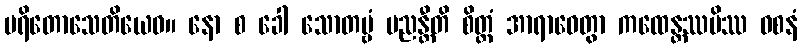
ပရိတောသေတိယေဝ။ နော စ ခေါ သောတဗ္ဗံ မညန္တီတိ စိတ္တံ အာရာဓေတွာ ကထေန္တဿပိဿ ဝစနံ